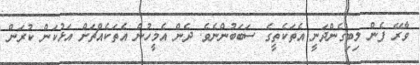
ވާރޭ ފެން ލިބިގެންދަނީ އެތަކެތީގެ ސަބަބުންނެވެ. ދެން އެމީހުން އެތަކެއްޗަށް އަޅުކަން ކުރަން